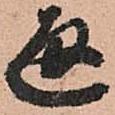
通